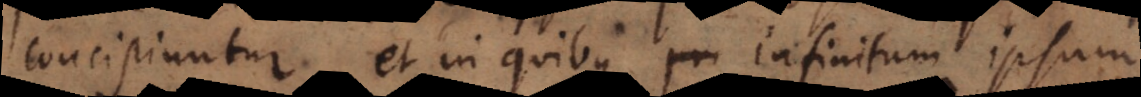
concipiuntur, et in quibus infinitum ipsum